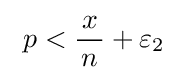
\ p<{\frac {\!\ x\!\ }{n}}+\varepsilon _{2}~